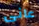
عانى